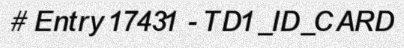
# Entry 17431 - TD1_ID_CARD